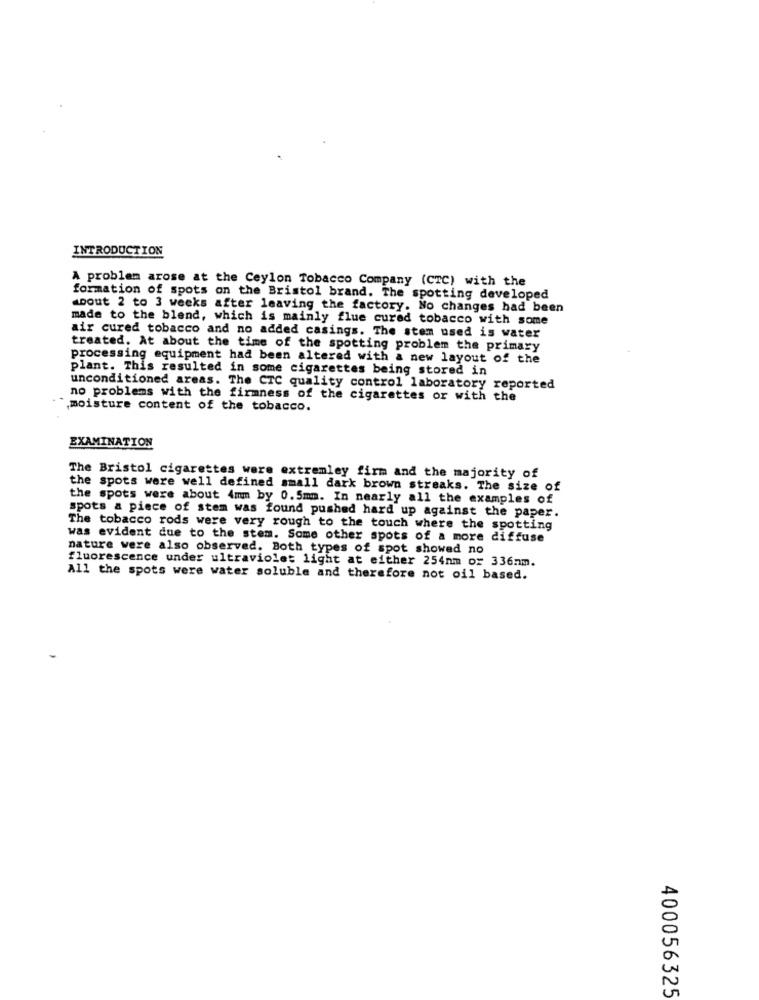
INTRODUCTION
A problem arose at the Ceylon Tobacco Company (CTC) with the
formation of spots on the Bristol brand. The spotting developed
about 2 to 3 weeks after leaving the factory. No changes had been
made to the blend, which is mainly flue cured tobacco with some
air cured tobacco and no added casings. The stem used is water
treated. At about the time of the spotting problem the primary
processing equipment had been altered with a new layout of the
plant. This resulted in some cigarettes being stored in
unconditioned areas. The CTC quality control laboratory reported
no problems with the firmness of the cigarettes or with the
moisture content of the tobacco.
EXAMINATION
The Bristol cigarettes were extremley firm and the majority of
the spots were well defined small dark brown streaks. The size of
the spots were about 4mm by 0.5mm. In nearly all the examples of
spots a piece of stem was found pushed hard up against the paper.
The tobacco rods were very rough to the touch where the spotting
was evident due to the stem. Some other spots of a more diffuse
nature were also observed. Both types of spot showed no
fluorescence under ultraviolet light at either 254nm or 336mm.
All the spots were water soluble and therefore not oil based.
400056325